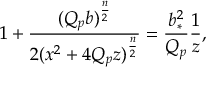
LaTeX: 1 + { \frac { ( Q _ { p } b ) ^ { \frac { n } { 2 } } } { 2 ( x ^ { 2 } + 4 Q _ { p } z ) ^ { \frac { n } { 2 } } } } = { \frac { b _ { * } ^ { 2 } } { Q _ { p } } } { \frac { 1 } { z } } ,